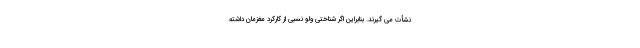
نشأت می گیرند. بنابراین اگر شناختی ولو نسبی از کارکرد مغزمان داشته